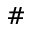
\#